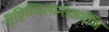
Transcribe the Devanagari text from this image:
सृष्टिस्थित्यन्तकर्मणि